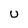
Character: U